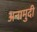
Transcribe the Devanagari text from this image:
अनामुदी